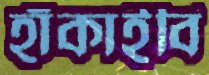
হাঁকাইবি